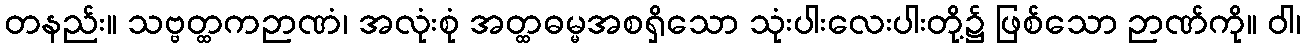
တနည်း။ သဗ္ဗတ္ထကဉာဏံ၊ အလုံးစုံ အတ္ထဓမ္မအစရှိသော သုံးပါးလေးပါးတို့၌ ဖြစ်သော ဉာဏ်ကို။ ဝါ၊